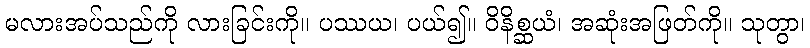
မလားအပ်သည်ကို လားခြင်းကို။ ပဿယ၊ ပယ်၍။ ဝိနိစ္ဆယံ၊ အဆုံးအဖြတ်ကို။ သုတွာ၊